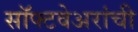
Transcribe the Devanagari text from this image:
सॉफ्टवेअरांची